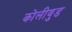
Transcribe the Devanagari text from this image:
कोलीवुड